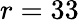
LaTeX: r=33